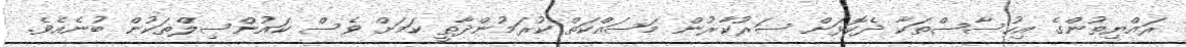
ރައްޔިތުންގެ އިހުސާސްތަކާ ދެކޮޅަށް ސަރުކާރުން މަސައްކަތް ކުރަމުންދާތީ ކަމަށް ވެސް ކައުންސިލްތަކުން ބުނެއެވެ.